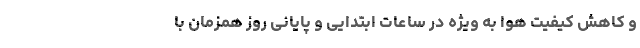
و کاهش کیفیت هوا به ‌ویژه در ساعات ابتدایی و پایانی روز همزمان با